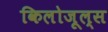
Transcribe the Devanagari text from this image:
किलोजूल्स